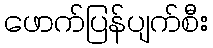
ဖောက်ပြန်ပျက်စီး